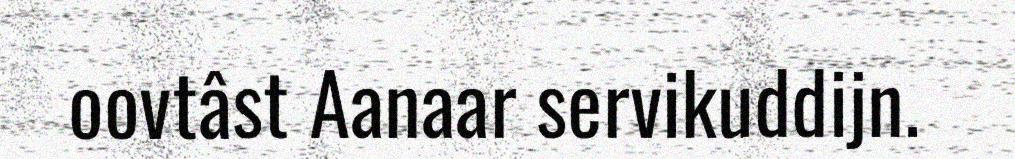
oovtâst Aanaar servikuddijn.